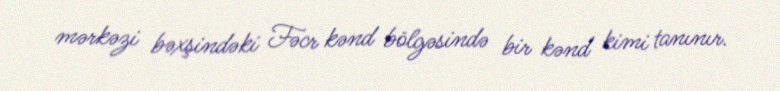
mərkəzi bəxşindəki Fəcr kənd bölgəsində bir kənd kimi tanınır.